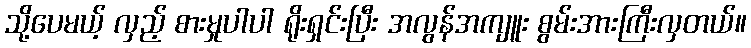
သို့ပေမယ့် လှည့် စားမှုပါပါ ရိုးရှင်းပြီး အလွန်အကျူး စွမ်းအားကြီးလှတယ်။